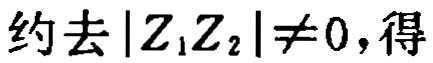
约去\(\vert Z_1Z_2\vert\neq0\)，得